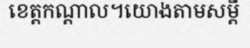
ខេត្តកណ្តាល។យោងតាមសម្តី